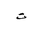
Letter: _ta